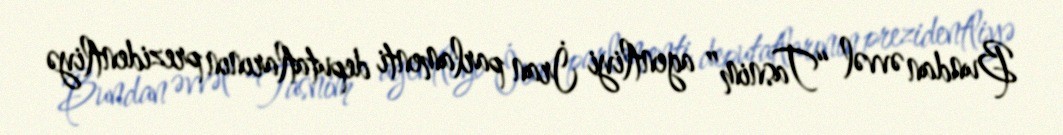
Bundan əvvəl “Tasnim” agentliyi İran parlamenti deputatlarının prezidentliyə